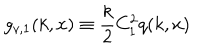
g _ { v , 1 } ( k , x ) \equiv \frac { k } { 2 } C _ { 1 } ^ { 2 } q ( k , x )